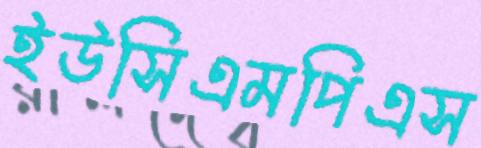
ইউসিএমপিএস